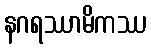
နဂရဿာမိကဿ